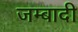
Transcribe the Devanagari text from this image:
जम्बादी